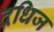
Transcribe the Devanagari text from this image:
दधिज